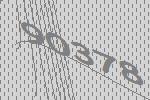
90378